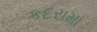
કદરામા